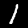
Digit: 1